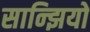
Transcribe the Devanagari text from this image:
सान्झियो